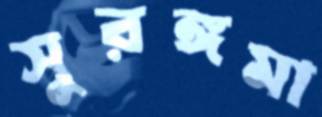
সুরঙ্গমা